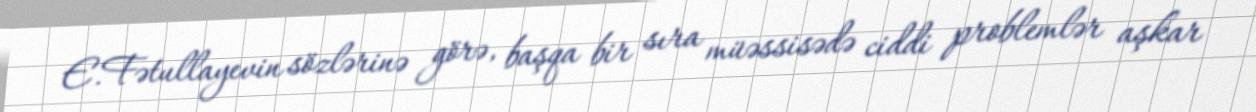
E.Fətullayevin sözlərinə görə, başqa bir sıra müəssisədə ciddi problemlər aşkar